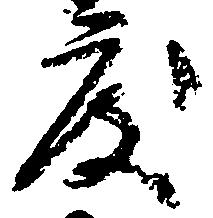
度